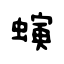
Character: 螾